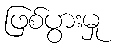
ဖြစ်ပွားမှု